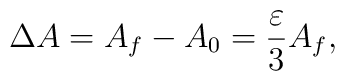
\Delta A=A_{f}-A_{0}=\frac{\varepsilon }{3}A_{f},